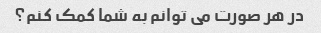
در هر صورت می توانم به شما کمک کنم؟